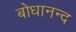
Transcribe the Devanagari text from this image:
बोधानन्द